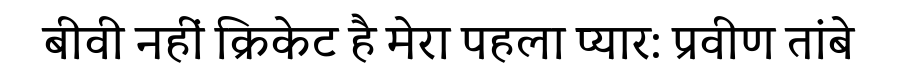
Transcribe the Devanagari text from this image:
बीवी नहीं क्रिकेट है मेरा पहला प्यार: प्रवीण तांबे